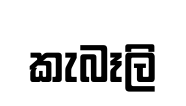
කැබෑලි